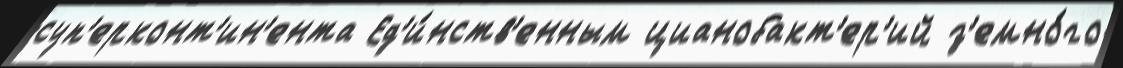
суп'ерконт'ин'ента Ед'и́нств'енным цианобакт'ер'ий з'емно́го